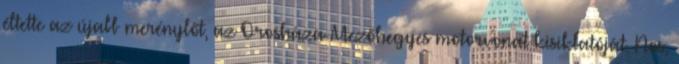
éltette az újabb merénylőt, az Orosháza-Mezőhegyes motorvonat kisiklatóját. Nos,